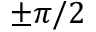
\pm \pi / 2